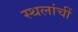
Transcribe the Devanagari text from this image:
स्थलांचीं